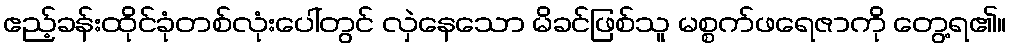
ဧည့်ခန်းထိုင်ခုံတစ်လုံးပေါ်တွင် လှဲနေသော မိခင်ဖြစ်သူ မစ္စက်ဖရေဇာကို တွေ့ရ၏။